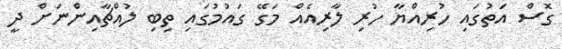
ގޮސް އަތުގައި ހުރިއްޔާ ހުރި ލާރިއެއް މަގޭ ގައުމުގައި ތިބި ލުއްޗާއިންނަށް ދީ